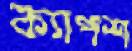
ক্যাপশ